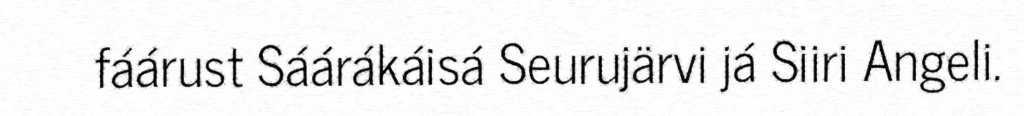
fáárust Sáárákáisá Seurujärvi já Siiri Angeli.